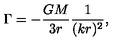
\Gamma = - { \frac { G M } { 3 r } } { \frac { 1 } { ( k r ) ^ { 2 } } } ,